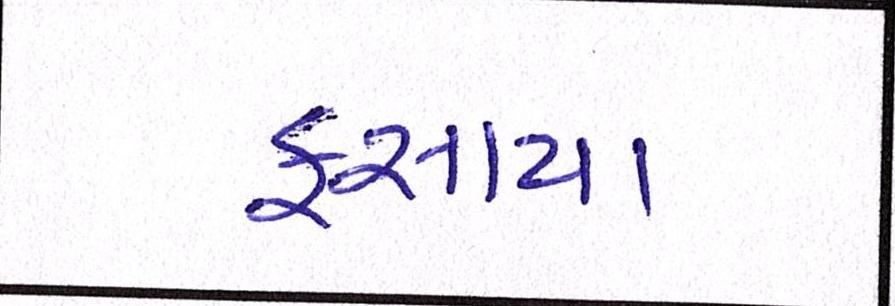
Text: ફસાયા